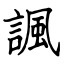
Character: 諷